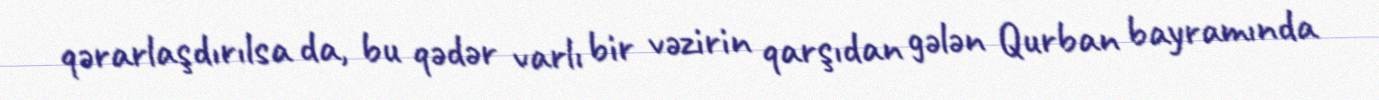
qərarlaşdırılsa da, bu qədər varlı bir vəzirin qarşıdan gələn Qurban bayramında